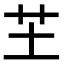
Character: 芏